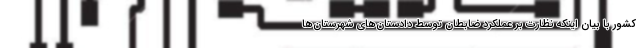
کشور با بیان اینکه نظارت بر عملکرد ضابطان توسط دادستان‌های شهرستان‌ها